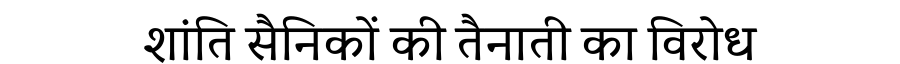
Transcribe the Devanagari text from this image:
शांति सैनिकों की तैनाती का विरोध